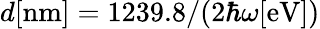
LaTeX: d[\mathrm{nm}]=1239.8/(2\hbar\omega[\mathrm{eV}])